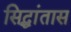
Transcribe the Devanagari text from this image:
सिद्धांतास